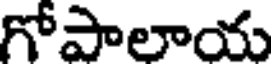
గోపాలాయ